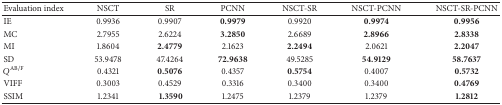
<table><thead><tr><td><b>Evaluation index</b></td><td><b>NSCT</b></td><td><b>SR</b></td><td><b>PCNN</b></td><td><b>NSCT-SR</b></td><td><b>NSCT-PCNN</b></td><td><b>NSCT-SR-PCNN</b></td></tr></thead><tbody><tr><td>IE</td><td>0.9936</td><td>0.9907</td><td><b>0.9979</b></td><td>0.9920</td><td><b>0.9974</b></td><td><b>0.9956</b></td></tr><tr><td>MC</td><td>2.7955</td><td>2.6224</td><td><b>3.2850</b></td><td>2.6689</td><td><b>2.8966</b></td><td><b>2.8338</b></td></tr><tr><td>MI</td><td>1.8604</td><td><b>2.4779</b></td><td>2.1623</td><td><b>2.2494</b></td><td>2.0621</td><td><b>2.2047</b></td></tr><tr><td>SD</td><td>53.9478</td><td>47.4264</td><td><b>72.9638</b></td><td>49.5285</td><td><b>54.9129</b></td><td><b>58.7637</b></td></tr><tr><td><i>Q</i><sup>AB/F</sup></td><td>0.4321</td><td><b>0.5076</b></td><td>0.4357</td><td><b>0.5754</b></td><td>0.4007</td><td><b>0.5732</b></td></tr><tr><td>VIFF</td><td>0.3003</td><td> 0.4529</td><td>0.3316</td><td> 0.3400</td><td>0.3400</td><td><b>0.4769 </b></td></tr><tr><td>SSIM</td><td>1.2341</td><td><b> 1.3590</b></td><td>1.2475</td><td>1.2379</td><td>1.2379</td><td><b>1.2812</b></td></tr></tbody></table>